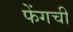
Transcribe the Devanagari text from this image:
फेंगची